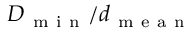
D _ { \mathrm { ~ m ~ i ~ n ~ } } / d _ { \mathrm { ~ m ~ e ~ a ~ n ~ } }